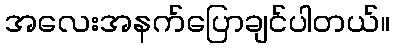
အလေးအနက်ပြောချင်ပါတယ်။